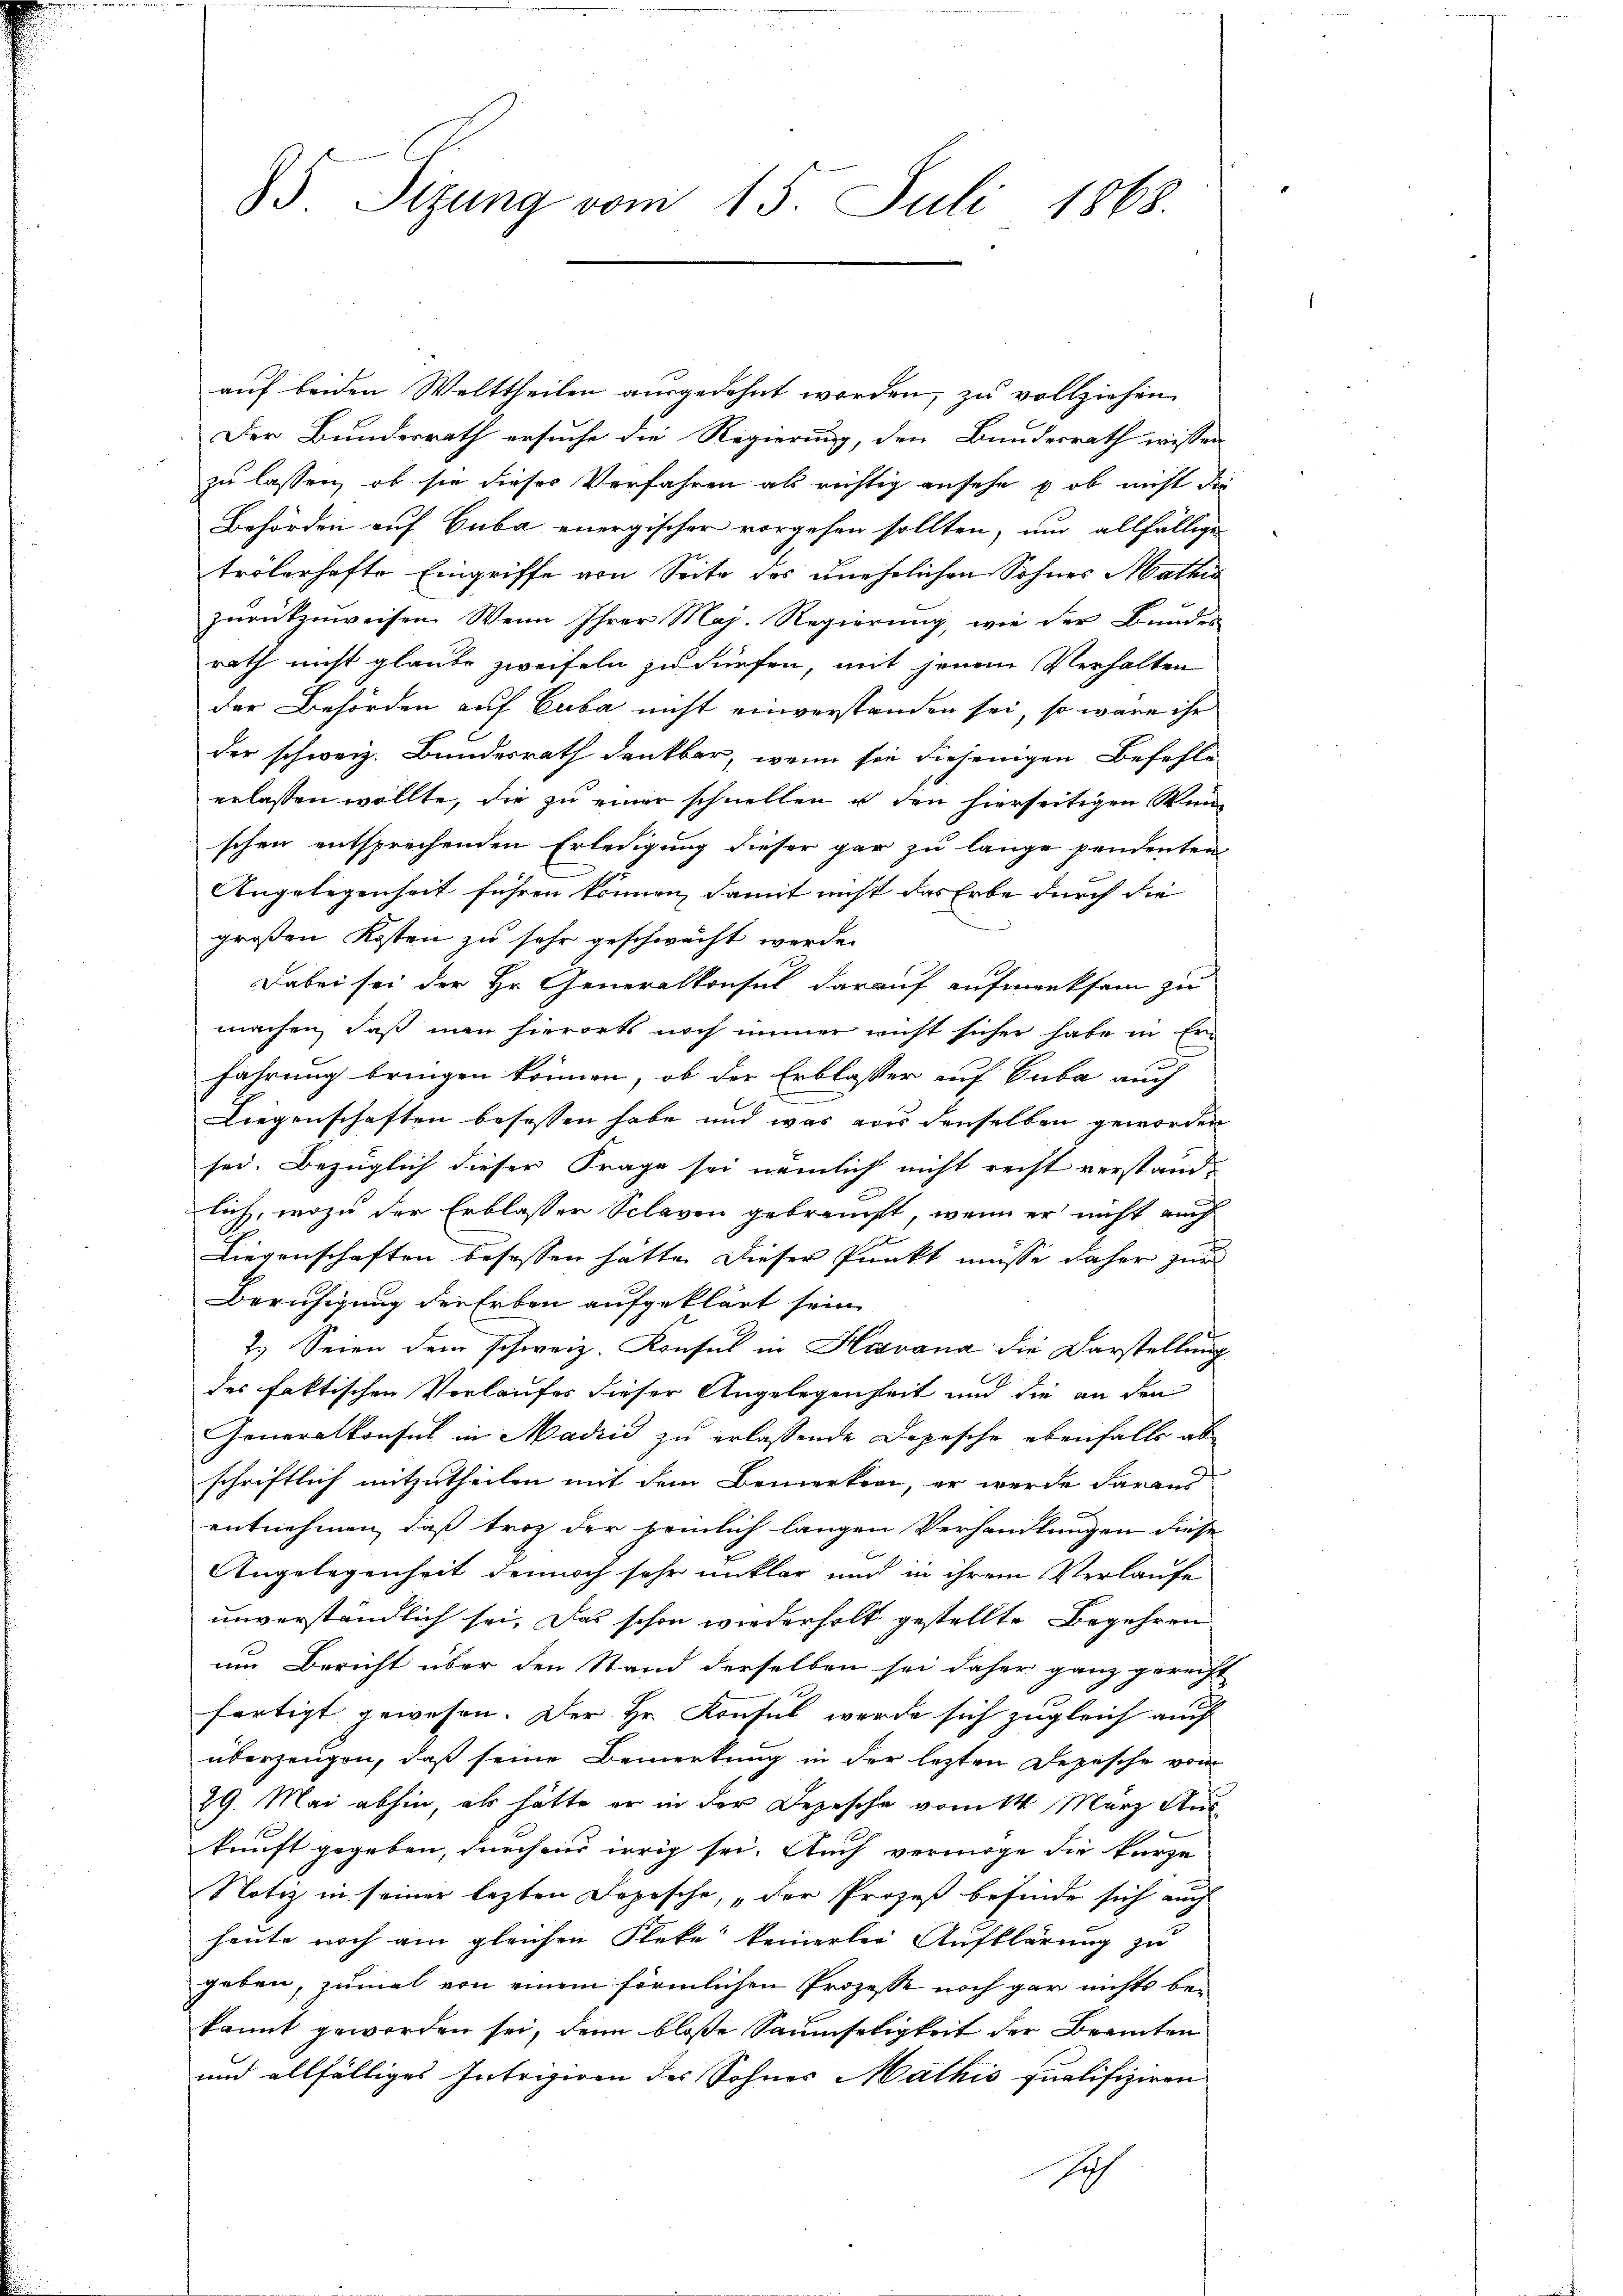
5 Sizung vom 15. Juli 1868.

auf beiden Welttheilen ausgedehnt worden, zu vollziehen
Der Bundesrath ersuche die Regierung, den Bundesrath wissen
zu lassen, ob sie dieser Verfahren als richtig ansehe & ob nicht die
Behörden auf Cuba energischer vorgehen sollten, um allfällige
trölerhafte Eingriffe von Seite des unehelichen Sohnes Mathi
zurückzuweisen. Wenn Ihrer Maj. Regierung, wie der Bundes
rath nicht glaube zweifeln zu dürfen, mit jenem Verhalten
der Behörden auf Cuba nicht einverstanden sei, so wäre ihr
der schweiz. Bundesrath dankbar, wenn sie diejenigen Befehle
erlassen wollte, die zu einer schnellen u den hierseitigen Wun
schen entsprechenden Erledigung dieser gar zu lange pendenten
Angelegenheit führen können, damit nicht das Erbe durch die
großen Kosten zu sehr geschwächt werde.
Dabei sei der Hr. Generalkonsul darauf aufmerksam zu
machen, daß man hierorts noch immer nicht sicher habe in Erfahrung bringen können, ob der Erblasser auf Cuba auch
Liegenschaften besassen habe und was aus denselben geworden
sei. Bezüglich dieser Frage sei nämlich nicht recht verstandlich, wozu der Erblasser Sclaven gebraucht, wenn er nicht auch
Liegenschaften besassen hätte. Dieser Punkt müsse daher zur
Beruhigung der Erben aufgeklärt sein.
2. Seien dem schweiz. Konsul in Havana die Darstellung
des faktischen Verlaufer dieser Angelegenheit und die an den
Generalkonsul in Madrid zu erlassende Depesche ebenfalls ab-
schriftlich mitzutheilen mit dem Bemerken, er werde daraus
entnehmen, daß troz der peinlich langen Verhandlungen diese
Angelegenheit dennoch sehr unklar und in ihrem Verlaufe
unverständlich sei. Das schon wiederholt gestellte Begehren
um Bericht über den Stand derselben sei daher ganz gereicht
fertigt gewesen. Der Hr. Konsul werde sich zugleich auch
überzeugen, daß seine Bemerkung in der lezten Depesche von
29. Mai abhin, als hätte er in der Depesche vom 14. März Aus
kunft gegeben, durch mir irrig sei. Auch vermöge die kurze
Notiz in seiner lezten Depesche, „der Prozeß befinde sich auch
heute noch am gleichen Fleke keinerler Aufklärung zu
geben, zumal von einem förmlichen Prozesse noch gar nichts bekannt geworden sei, denn bloße Saumseligkeit der Beamten
und allfälliges Intrigiren des Sohner Mathis qualifiziren
sich